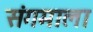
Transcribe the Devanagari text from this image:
संगमाला